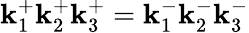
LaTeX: \mathbf{k}_{1}^{+}\mathbf{k}_{2}^{+}\mathbf{k}_{3}^{+}=\mathbf{k}_{1}^{-}\mathbf{k}_{2}^{-}\mathbf{k}_{3}^{-}